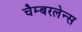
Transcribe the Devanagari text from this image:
चैम्बरलेन्स